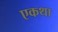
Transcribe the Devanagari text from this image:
एकथा